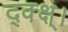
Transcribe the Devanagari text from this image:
द्क्क्ष्।